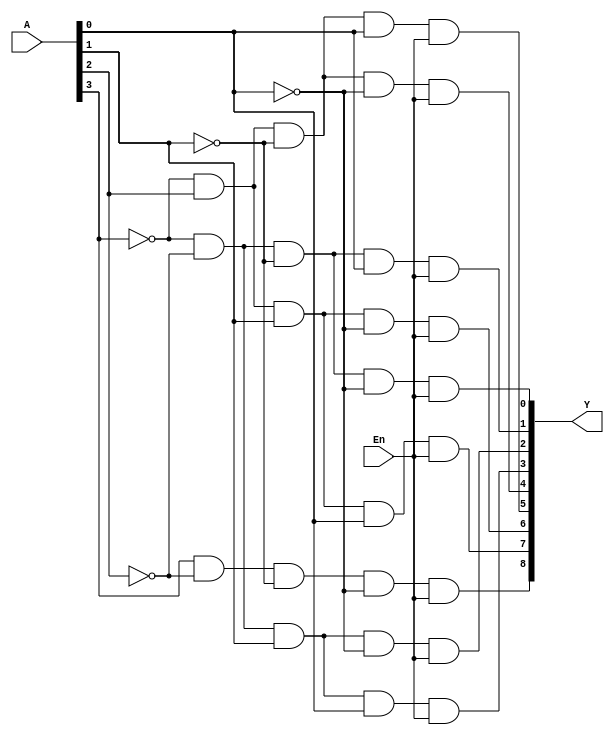
`timescale 1ns / 1ps

module Custom_Decoder_0to8(Y,A,En);

input En;
input [3:0] A;
output [8:0] Y;

wire [3:0] a;

not A0(a[0],A[0]);
not A1(a[1],A[1]);
not A2(a[2],A[2]);
not A3(a[3],A[3]);

and B0(Y[0],a[3],a[2],a[1],a[0],En);
and B1(Y[1],a[3],a[2],a[1],A[0],En);
and B2(Y[2],a[3],a[2],A[1],a[0],En);
and B3(Y[3],a[3],a[2],A[1],A[0],En);
and B4(Y[4],a[3],A[2],a[1],a[0],En);
and B5(Y[5],a[3],A[2],a[1],A[0],En);
and B6(Y[6],a[3],A[2],A[1],a[0],En);
and B7(Y[7],a[3],A[2],A[1],A[0],En);
and B8(Y[8],A[3],a[2],a[1],a[0],En);

endmodule